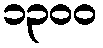
၁၃၀၀